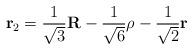
LaTeX: \begin{align*}{\bf r}_{2} = \frac{1}{\sqrt{3}} {\bf R} - \frac{1}{\sqrt{6}} {\bf \rho} - \frac{1}{\sqrt{2}} {\bf r}\end{align*}